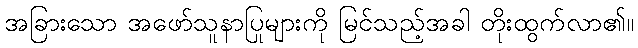
အခြားသော အဖော်သူနာပြုများကို မြင်သည့်အခါ တိုးထွက်လာ၏။